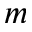
m